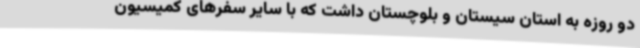
دو روزه به استان سیستان و بلوچستان داشت که با سایر سفرهای کمیسیون